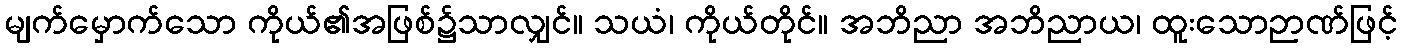
မျက်မှောက်သော ကိုယ်၏အဖြစ်၌သာလျှင်။ သယံ၊ ကိုယ်တိုင်။ အဘိညာ အဘိညာယ၊ ထူးသောဉာဏ်ဖြင့်